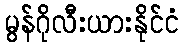
မွန်ဂိုလီးယားနိုင်ငံ